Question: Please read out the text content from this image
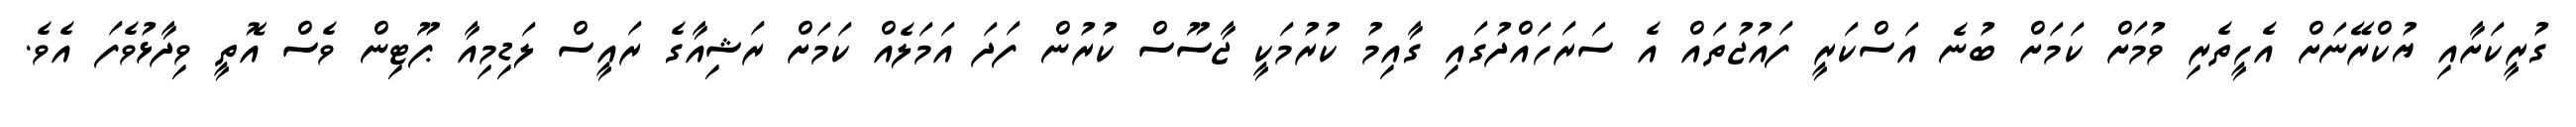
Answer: ގުރީކަށާއި ޔުކްރޭނަށް އެހީތެރި ވުމަށް ކަމަށް ބުނެ އަސްކަރީ ފައުޖުތައް އެ ސަރަހައްދުގައި ގާއިމު ކުރުމަކީ ޖާސޫސް ކުރުން ފަދަ އަމަލެއް ކަމަށް ރަޝިއާގެ ރައީސް ލަޑިމިއާ ޕޫޓިން ވެސް އޮތީ ވިދާޅުވެފަ އެވެ.